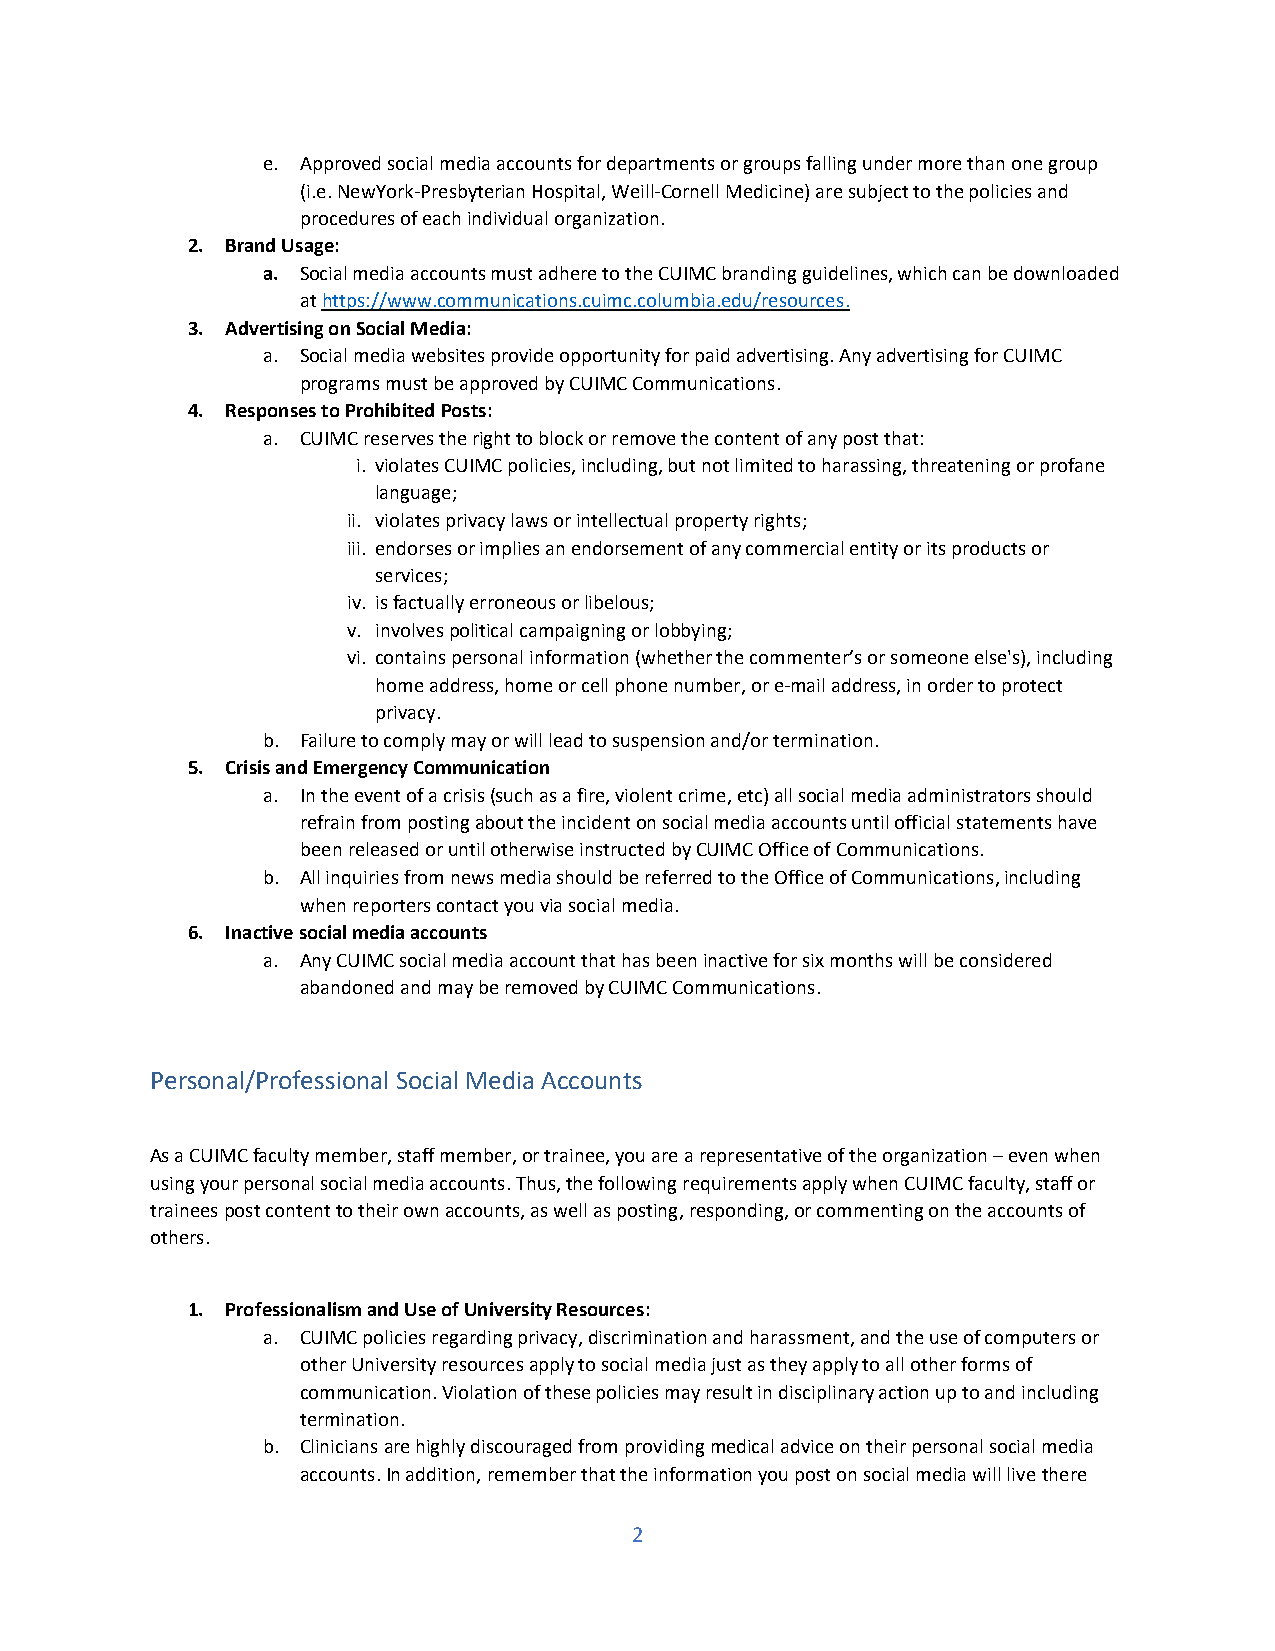
e. Approved social media accounts for departments or groups falling under more than one group
 (i.e. NewYork-Presbyterian Hospital, Weill-Cornell Medicine) are subject to the policies and
 procedures of each individual organization.
 2. Brand Usage:
 a. Social media accounts must adhere to the CUIMC branding guidelines, which can be downloaded
 at https://www.communications.cuimc.columbia.edu/resources.
 3. Advertising on Social Media:
 a. Social media websites provide opportunity for paid advertising. Any advertising for CUIMC
 programs must be approved by CUIMC Communications.
 4. Responses to Prohibited Posts:
 a. CUIMC reserves the right to block or remove the content of any post that:
 i. violates CUIMC policies, including, but not limited to harassing, threatening or profane
 language;
 ii. violates privacy laws or intellectual property rights;
 iii. endorses or implies an endorsement of any commercial entity or its products or
 services;
 iv. is factually erroneous or libelous;
 v. involves political campaigning or lobbying;
 vi. contains personal information (whether the commenter’s or someone else's), including
 home address, home or cell phone number, or e-mail address, in order to protect
 privacy.
 b. Failure to comply may or will lead to suspension and/or termination.
 5. Crisis and Emergency Communication
 a. In the event of a crisis (such as a fire, violent crime, etc) all social media administrators should
 refrain from posting about the incident on social media accounts until official statements have
 been released or until otherwise instructed by CUIMC Office of Communications.
 b. All inquiries from news media should be referred to the Office of Communications, including
 when reporters contact you via social media.
 6. Inactive social media accounts
 a. Any CUIMC social media account that has been inactive for six months will be considered
 abandoned and may be removed by CUIMC Communications.
 Personal/Professional Social Media Accounts
 As a CUIMC faculty member, staff member, or trainee, you are a representative of the organization – even when
 using your personal social media accounts. Thus, the following requirements apply when CUIMC faculty, staff or
 trainees post content to their own accounts, as well as posting, responding, or commenting on the accounts of
 others.
 1. Professionalism and Use of University Resources:
 a. CUIMC policies regarding privacy, discrimination and harassment, and the use of computers or
 other University resources apply to social media just as they apply to all other forms of
 communication. Violation of these policies may result in disciplinary action up to and including
 termination.
 b. Clinicians are highly discouraged from providing medical advice on their personal social media
 accounts. In addition, remember that the information you post on social media will live there
 2